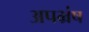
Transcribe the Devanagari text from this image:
अपभ्रंष